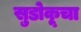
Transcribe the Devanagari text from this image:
सुडोकूचा